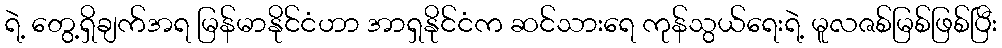
ရဲ့ တွေ့ရှိချက်အရ မြန်မာနိုင်ငံဟာ အာရှနိုင်ငံက ဆင်သားရေ ကုန်သွယ်ရေးရဲ့ မူလဇစ်မြစ်ဖြစ်ပြီး